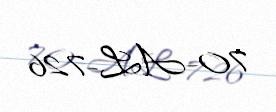
70-AL-726